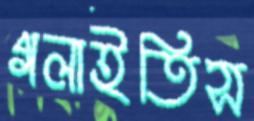
গলাইতিস